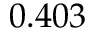
0 . 4 0 3